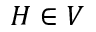
H \in V